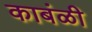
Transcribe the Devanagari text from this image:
काबंळी